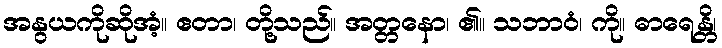
အနွယကိုဆိုအံ့။ ဧတာ၊ တို့သည်။ အတ္တနော၊ ၏။ သဘာဝံ၊ ကို။ ဓာရေန္တိ၊